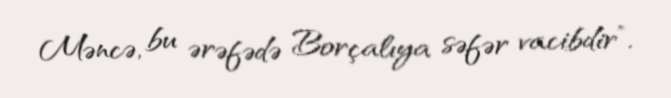
Məncə, bu ərəfədə Borçalıya səfər vacibdir”.